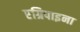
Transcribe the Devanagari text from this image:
एग्रिपाइना